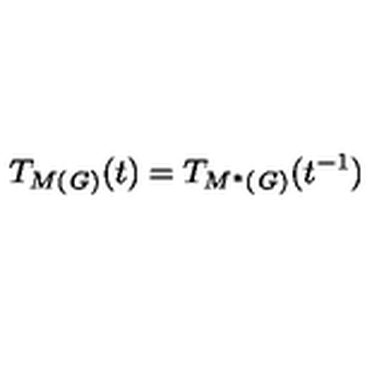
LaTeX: T _ { M ( \mathit { G ) } } ( t ) = T _ { M ^ { \ast } ( \mathit { G ) } } ( t ^ { - 1 } )